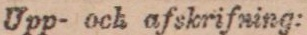
Upp- och afskrifning: